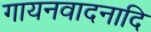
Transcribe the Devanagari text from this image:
गायनवादनादि